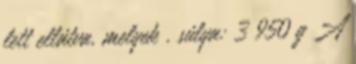
lett ellátva, melyek . súlya: 3 950 g A